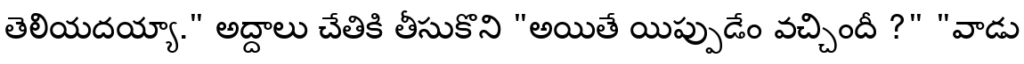
తెలియదయ్యా." అద్దాలు చేతికి తీసుకొని "అయితే యిప్పుడేం వచ్చిందీ ?" "వాడు